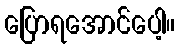
ပြောရအောင်ပေါ့။